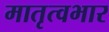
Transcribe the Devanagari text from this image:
मातृत्वभार